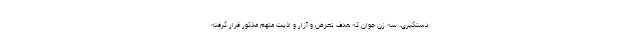
دستگیری، سه زن جوان که هدف تعرض و آزار و اذیت متهم مذکور قرار گرفته